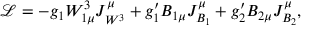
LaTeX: \mathcal { L } = - g _ { 1 } W _ { 1 \mu } ^ { 3 } J _ { W ^ { 3 } } ^ { \mu } + g _ { 1 } ^ { \prime } B _ { 1 \mu } J _ { B _ { 1 } } ^ { \mu } + g _ { 2 } ^ { \prime } B _ { 2 \mu } J _ { B _ { 2 } } ^ { \mu } ,